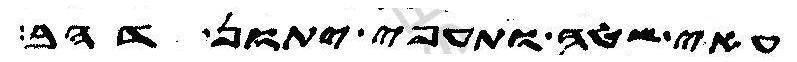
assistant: עאי שטה ותעפי יתון דהב